Civil Veterinary Department Bengal reports 1923-33 - 1923-1933
Year: 1923
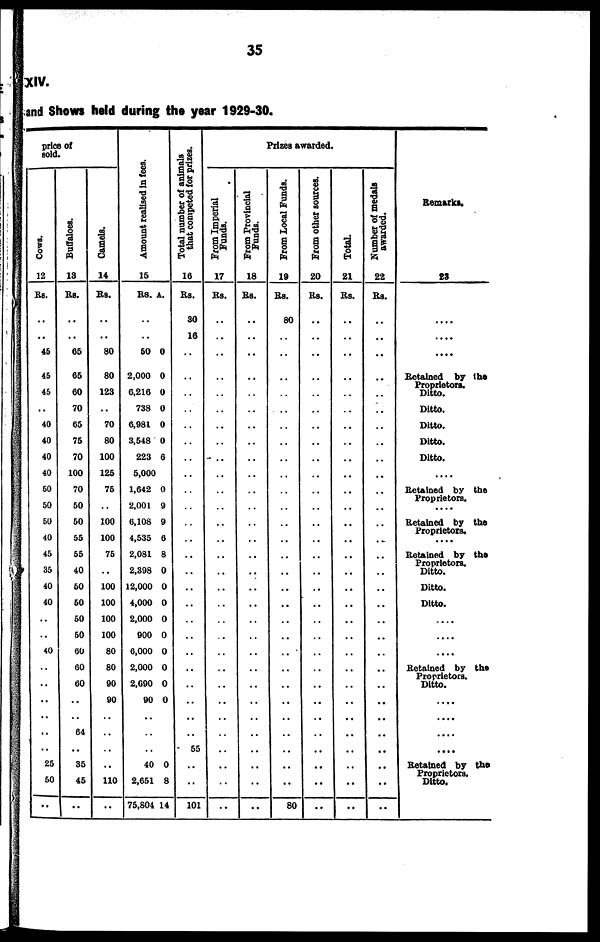
35
XIV.
and Shows held during the year 1929-30.
price of
sold.
Cows.
12
Rs.
..
..
45
45
45
..
40
40
40
40
50
.. 50
50
.. 40
45
.. 35
40
40
..
..
40
..
.. ..
..
..
..
25
50
..
Buffaloes.
13
Rs.
..
..
65
65
60
70
65
75
70
100
70
50
50
55
55
40
50
50
50
50
60
60
60
..
64
35
45
..
Camels.
14
Rs.
..
..
80
80
..
123
..
70
80
100
125
75
100
100
75
100
100
100
100
80
80
90
90
..
110
..
Amount realised in fees.
15
Rs.
..
..
50
2,000
6,216
738
6,981
3,548
223
5,000
1,642
2,001
6,108
4,535
2,081
2,398
12,000
4,000
2,000
900
6,000
2,000
2,690
90
..
40
2,651
75,804
A.
0
0
0
0
0
0
6
0
9
9
6
8
0
0
0
0
0
0
0
0
0
0
8
14
Total number of animals
that competed for prizes.
16
Rs.
30
16
..
..
..
..
..
..
..
..
..
..
.. ..
..
..
..
..
..
..
..
.. ..
..
..
- 55
..
..
101
Prizes awarded.
From Imperial
Funds.
17
Rs.
..
..
..
..
..
..
..
..
..
..
..
..
.. ..
..
..
..
..
..
..
..
..
.. ..
..
..
..
..
..
..
From Provincial
Funds.
18
Rs.
..
..
..
..
..
..
..
..
..
..
..
..
.. ..
..
..
..
..
..
..
..
..
.. ..
..
..
..
..
..
..
From Local Funds.
19
Rs.
80
..
..
..
..
..
..
..
..
..
..
..
.. ..
..
..
..
..
..
..
..
..
.. ..
..
..
..
..
..
80
From other sources.
20
Rs.
..
..
..
..
..
..
..
..
..
..
..
..
.. ..
..
..
..
..
..
..
..
..
.. ..
..
..
..
..
..
..
Total.
21
Rs.
..
..
..
..
..
..
..
..
..
..
..
..
.. ..
..
..
..
..
..
..
..
..
.. ..
..
..
..
..
..
..
Number of medals
awarded.
22
Rs.
..
..
..
..
..
..
..
..
..
..
..
..
..
..
..
..
..
..
..
..
..
.. ..
..
..
..
..
..
..
Remarks.
23
....
....
....
Retained by the
Proprietors.
Ditto.
Ditto.
Ditto.
Ditto.
Ditto.
....
Retained by the
Proprietors.
....
Retained by the
Proprietors.
....
Retained by the
Proprietors.
Ditto.
Ditto.
Ditto.
....
....
....
Retained by the
Proprietors.
Ditto.
....
....
....
Retained by the
Proprietors.
Ditto.